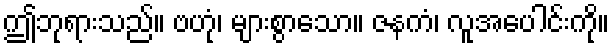
ဤဘုရားသည်။ ဗဟုံ၊ များစွာသော။ ဇနကံ၊ လူအပေါင်းကို။